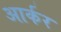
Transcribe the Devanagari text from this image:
आर्कर